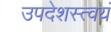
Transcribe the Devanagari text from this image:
उपदेशस्त्वयं